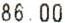
86.00